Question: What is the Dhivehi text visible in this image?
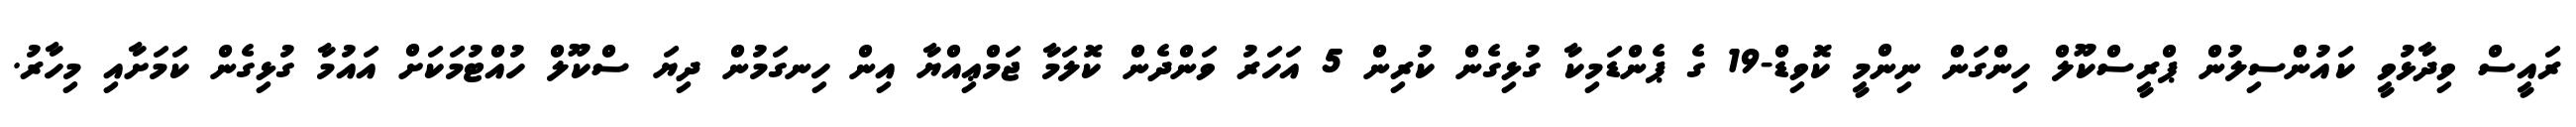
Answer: ރައީސް ވިދާޅުވީ ކައުންސިލުން ޕްރީސްކޫލް ހިންގަން ނިންމީ ކޮވިޑް-19 ގެ ޕެންޑަމިކާ ގުޅިގެން ކުރިން 5 އަހަރު ވަންދެން ކޮލަމާ ޖަމްޢިއްޔާ އިން ހިނގަމުން ދިޔަ ސްކޫލް ހުއްޓުމަކަށް އައުމާ ގުޅިގެން ކަމަށާއި މިހާރު.